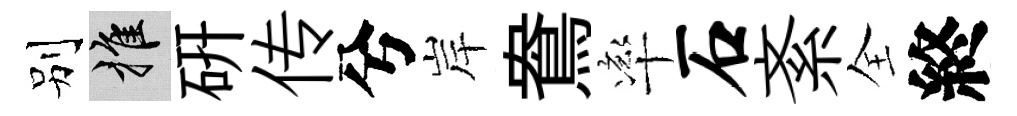
别推硏传兮岸鴦率石紊全終